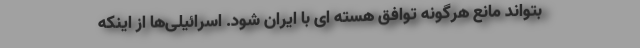
بتواند مانع هرگونه توافق هسته ای با ایران شود. اسرائیلی‌ها از اینکه